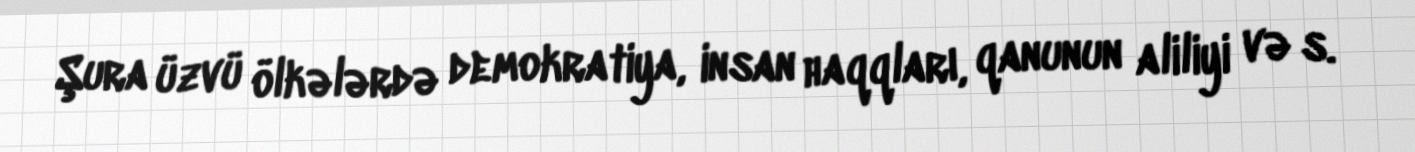
Şura üzvü ölkələrdə demokratiya, insan haqqları, qanunun aliliyi və s.